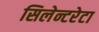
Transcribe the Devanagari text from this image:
सिलेन्टरेटा